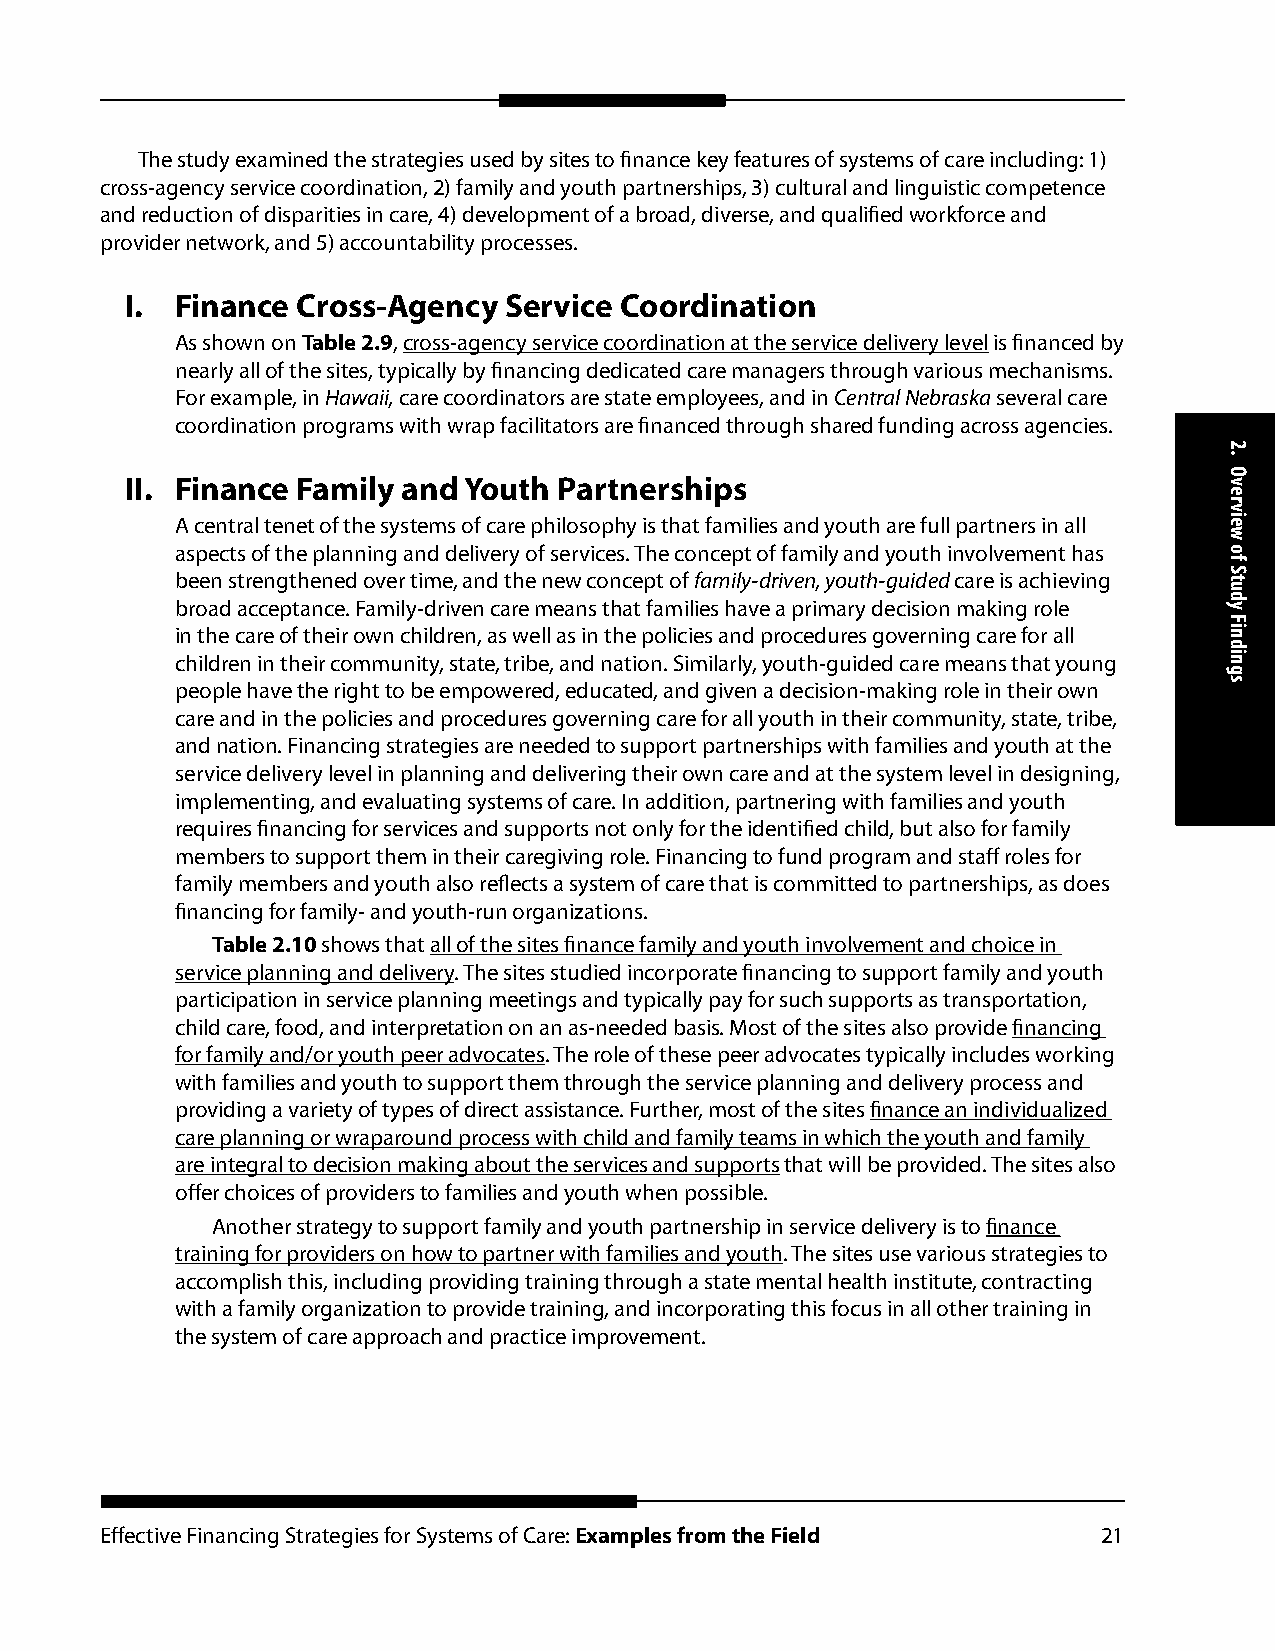
The study examined the strategies used by sites to finance key features of systems of care including: 1)
 cross-agency service coordination, 2) family and youth partnerships, 3) cultural and linguistic competence
 and reduction of disparities in care, 4) development of a broad, diverse, and qualified workforce and
 provider network, and 5) accountability processes.
 I.  Finance Cross-Agency Service Coordination
 As shown on Table 2.9, cross-agency service coordination at the service delivery level is financed by
 nearly all of the sites, typically by financing dedicated care managers through various mechanisms.
 For example, in Hawaii, care coordinators are state employees, and in Central Nebraska several care
 coordination programs with wrap facilitators are financed through shared funding across agencies.
 II. Finance Family and Youth Partnerships
 A central tenet of the systems of care philosophy is that families and youth are full partners in all
 aspects of the planning and delivery of services. The concept of family and youth involvement has
 been strengthened over time, and the new concept of family-driven, youth-guided care is achieving
 broad acceptance. Family-driven care means that families have a primary decision making role
 in the care of their own children, as well as in the policies and procedures governing care for all
 children in their community, state, tribe, and nation. Similarly, youth-guided care means that young
 people have the right to be empowered, educated, and given a decision-making role in their own
 care and in the policies and procedures governing care for all youth in their community, state, tribe,
 and nation. Financing strategies are needed to support partnerships with families and youth at the
 service delivery level in planning and delivering their own care and at the system level in designing,
 implementing, and evaluating systems of care. In addition, partnering with families and youth
 requires financing for services and supports not only for the identified child, but also for family
 members to support them in their caregiving role. Financing to fund program and staff roles for
 family members and youth also reflects a system of care that is committed to partnerships, as does
 financing for family- and youth-run organizations.
 Table 2.10 shows that all of the sites finance family and youth involvement and choice in
 service planning and delivery. The sites studied incorporate financing to support family and youth
 participation in service planning meetings and typically pay for such supports as transportation,
 child care, food, and interpretation on an as-needed basis. Most of the sites also provide financing
 for family and/or youth peer advocates. The role of these peer advocates typically includes working
 with families and youth to support them through the service planning and delivery process and
 providing a variety of types of direct assistance. Further, most of the sites finance an individualized
 care planning or wraparound process with child and family teams in which the youth and family
 are integral to decision making about the services and supports that will be provided. The sites also
 offer choices of providers to families and youth when possible.
 Another strategy to support family and youth partnership in service delivery is to finance
 training for providers on how to partner with families and youth. The sites use various strategies to
 accomplish this, including providing training through a state mental health institute, contracting
 with a family organization to provide training, and incorporating this focus in all other training in
 the system of care approach and practice improvement.
 Effective Financing Strategies for Systems of Care: Examples from the Field 21
 2.
 Overview
 of
 Study
 Findings